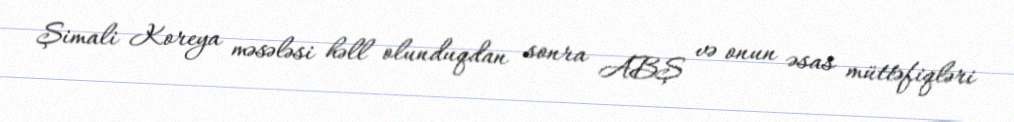
Şimali Koreya məsələsi həll olunduqdan sonra ABŞ və onun əsas müttəfiqləri